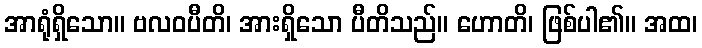
အာရုံရှိသော။ ဗလဝပီတိ၊ အားရှိသော ပီတိသည်။ ဟောတိ၊ ဖြစ်ပါ၏။ အထ၊